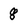
Character: 8